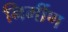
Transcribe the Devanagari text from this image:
निर्मीण